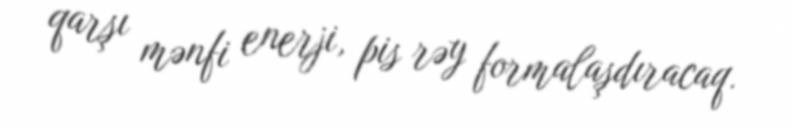
qarşı mənfi enerji, pis rəy formalaşdıracaq.